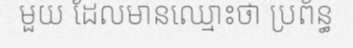
មួយ ដែលមានឈ្មោះថា ប្រព័ន្ធ